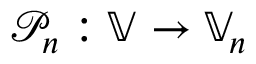
{ \mathcal P } _ { n } : \mathbb V \rightarrow \mathbb V _ { n }